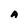
Character: A